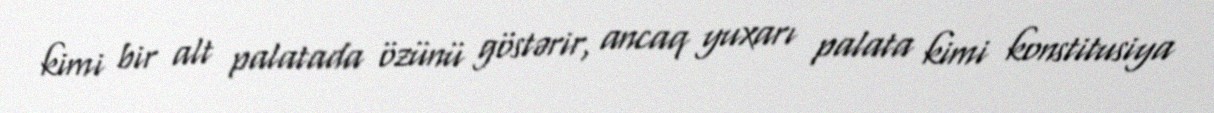
kimi bir alt palatada özünü göstərir, ancaq yuxarı palata kimi konstitusiya